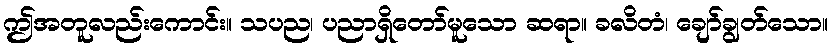
ဤအတူလည်းကောင်း။ သပည၊ ပညာရှိတော်မူသော ဆရာ။ ခလိတံ၊ ချော်ချွတ်သော။